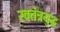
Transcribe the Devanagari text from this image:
स्वतंत्रयुद्ध